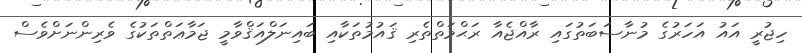
ހިޖުރީ އައު އަހަރުގެ މުނާސަބަތުގައި ރާއްޖެއާ ރަޙްމަތްތެރި ޤައުމުތަކާއި ބައިނަލްއަޤްވާމީ ޖަމާޢަތްތަކުގެ ވެރިންނަށްވެސް